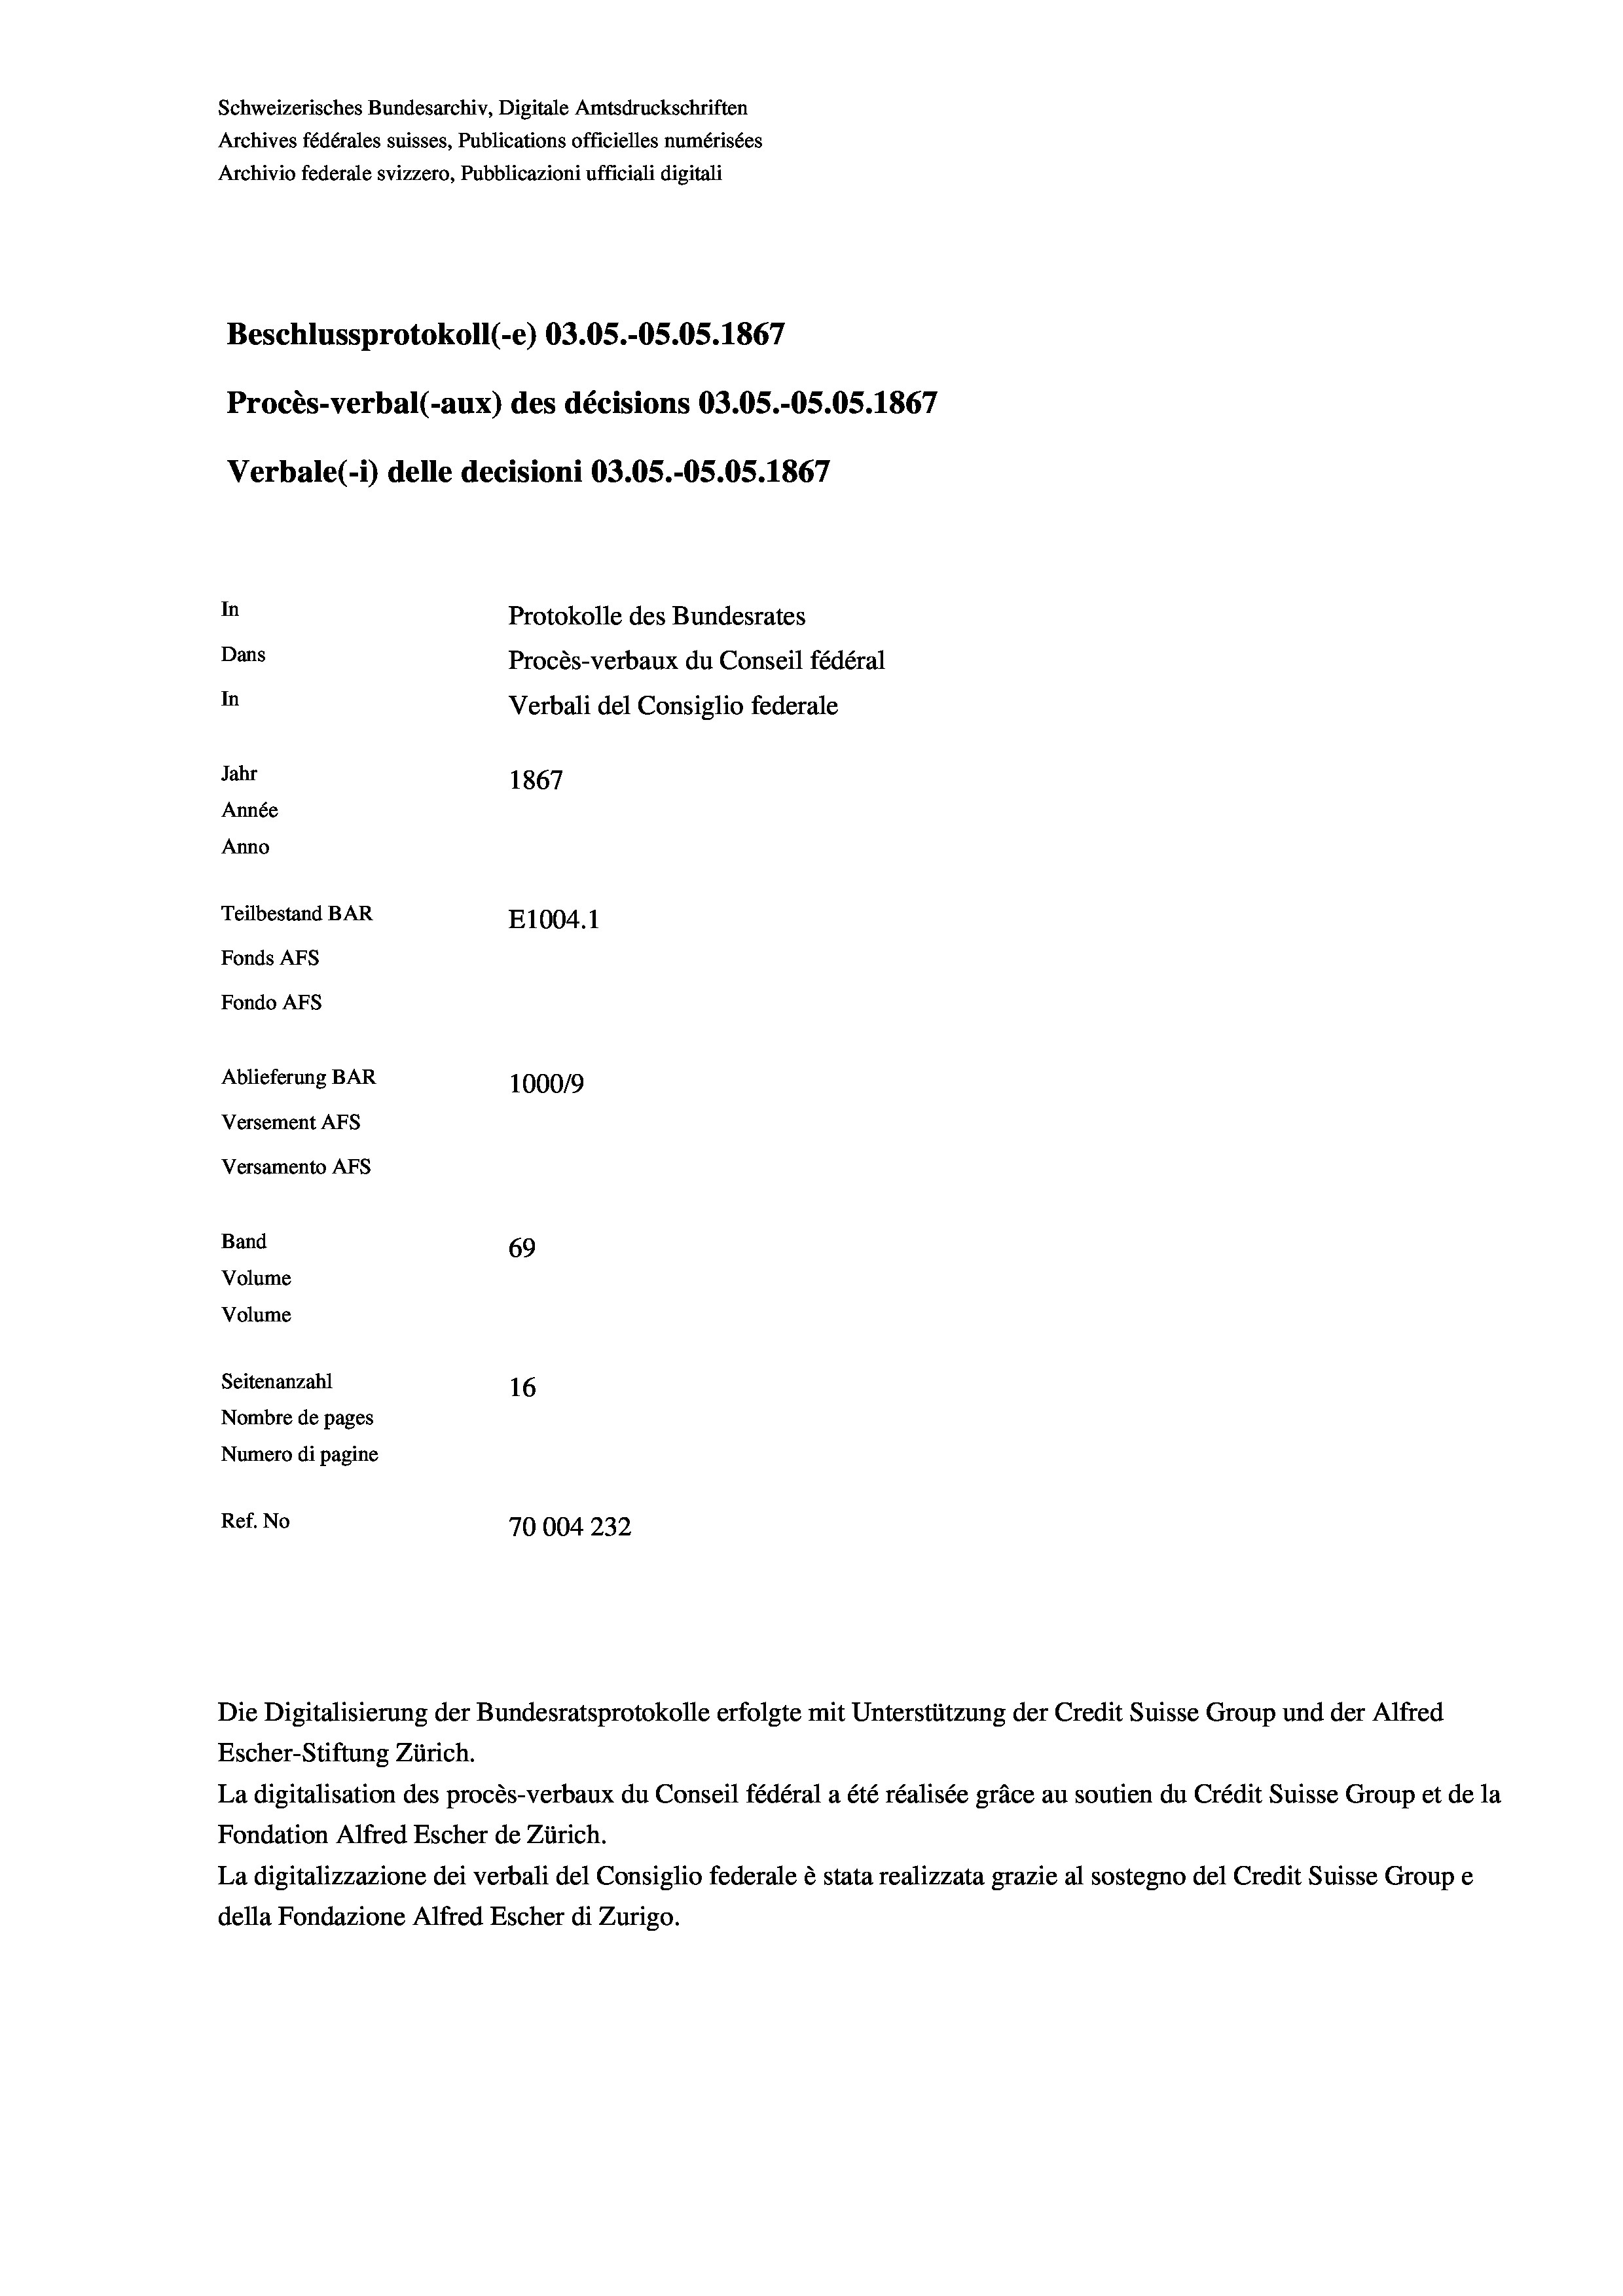
Schweizerisches Bundesarchiv, Digitale Amtsdruckschriften
Archives fédérales suisses, Publications officielles numérisées
Archivio federale svizzero, Pubblicazioni ufficiali digitali
Beschlussprotokoll (-e) 03.05.-OS.05. 1867
Procès-verbal (-aux) des décisions 03.05.-OS.05. 1867
Verbale(-*) delle decisioni 03.05.-OS.05. 1867
In
Protokolle des Bundesrates
Dans
Procès-verbaux du Conseil fédéral
In
Verbali del Consiglio federale
Jahr
1867
Année
Anno
Teilbestand BAR
E1004.1
Fonds Afs
Fondo Afs
Ablieferung BAR
100019
Versement AFs
Versamento AFs
Band
69
Volume

Volume
Seitenanzahl
16
Nombre de pages
Numero di pagine
Ref. No
70004 232

Die Digitalisierung der Bundesratsprotokolle erfolgte mit Unterstützung der Credit Suisse Group und der Alfred

Escher-Stiftung Zürich.
La digitalisation des procès-verbaux du Conseil fédéral a été réalisée gräce au soutien du Crédit Suisse Group et de la
Fondation Alfred Escher de Zürich.
La digitalizzazione dei verbali del Consiglio federale è stata realizzata grazie al sostegno del Credit Suisse Groupe
della Fondazione Alfred Escher di Zurigo.